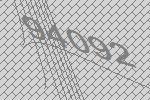
94092